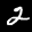
Label: 2